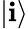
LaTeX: |\mathbf{i}\rangle